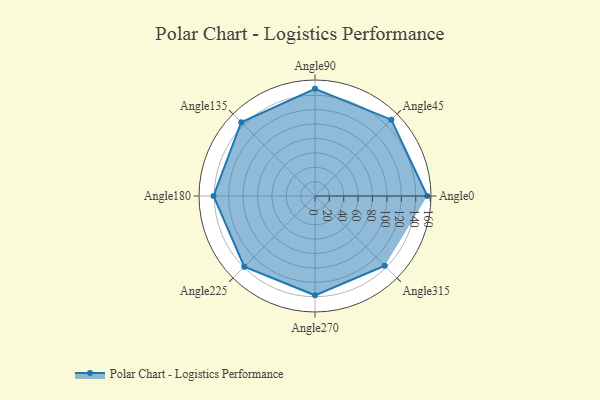
{"axis": {"x": "Angle", "y": "Radius"}, "legend": [""], "data": [{"x": "Angle0", "y": 156.0, "type": ""}, {"x": "Angle45", "y": 150.0, "type": ""}, {"x": "Angle90", "y": 149.0, "type": ""}, {"x": "Angle135", "y": 145.0, "type": ""}, {"x": "Angle180", "y": 141.0, "type": ""}, {"x": "Angle225", "y": 139.0, "type": ""}, {"x": "Angle270", "y": 138.0, "type": ""}, {"x": "Angle315", "y": 137.0, "type": ""}]}